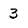
Character: 3